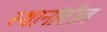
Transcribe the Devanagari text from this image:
स्थानांतील